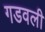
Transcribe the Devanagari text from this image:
गडवली